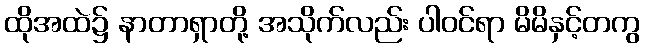
ထိုအထဲ၌ နာတာရှာတို့ အသိုက်လည်း ပါဝင်ရာ မိမိနှင့်တကွ